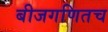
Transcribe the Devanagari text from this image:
बीजगणितच